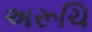
અરૂચિ